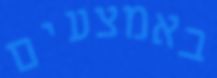
באמצעים